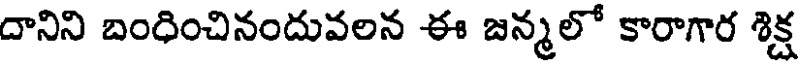
దానిని బంధించినందువలన ఈ జన్మలో కారాగార శిక్ష